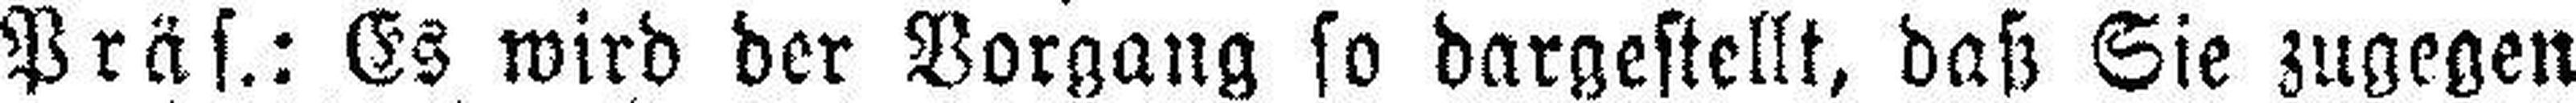
Präs.: Es wird der Vorgang so dargestellt, daß Sie zugegen